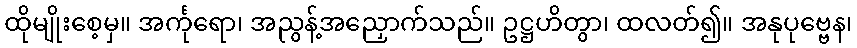
ထိုမျိုးစေ့မှ။ အင်္ကုရော၊ အညွန့်အညှောက်သည်။ ဥဋ္ဌဟိတွာ၊ ထလတ်၍။ အနုပုဗ္ဗေန၊